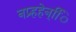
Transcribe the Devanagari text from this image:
नप्र्हहेन्िि